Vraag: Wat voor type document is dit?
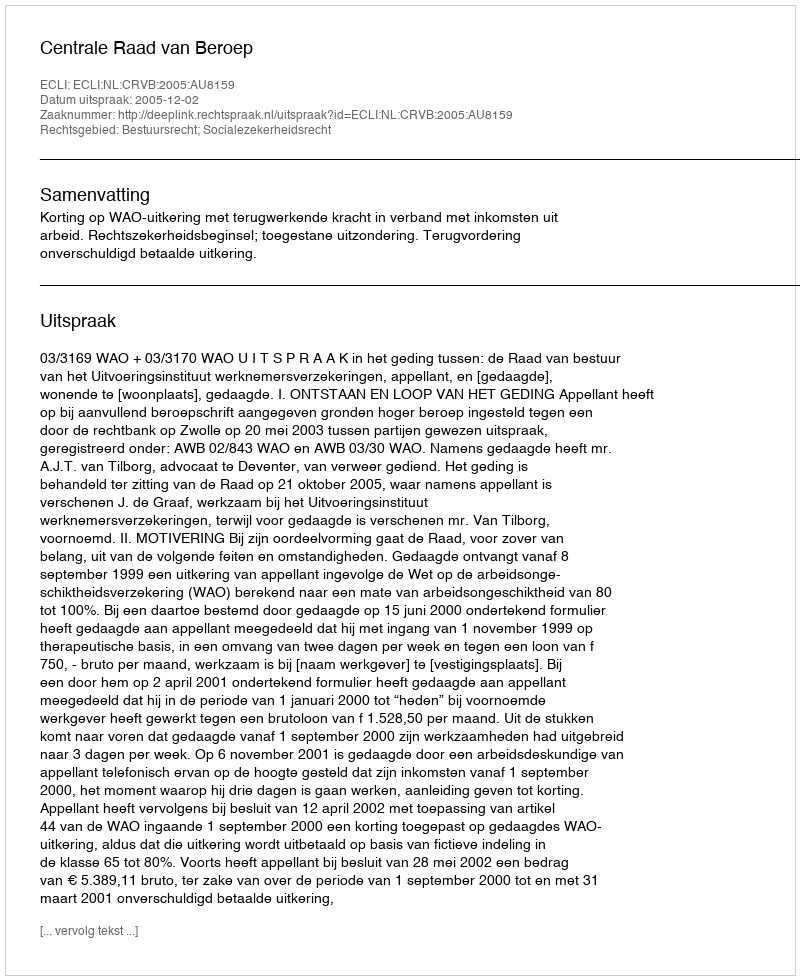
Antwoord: Uitspraak